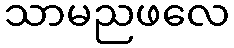
သာမညဖလေ